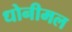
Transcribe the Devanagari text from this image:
धोनीमल